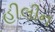
હીલીન